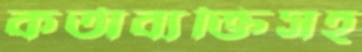
কর্তাব্যক্তিসহ